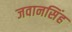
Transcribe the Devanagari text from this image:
जवानसिंह